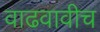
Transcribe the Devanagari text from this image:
वाढवावीच